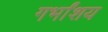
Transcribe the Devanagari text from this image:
गर्भांशय